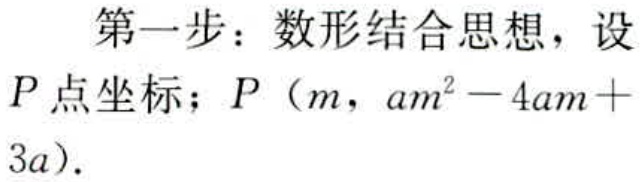
第一步：数形结合思想，设
\(P\)点坐标；\(P（m，am^{2}-4am + 3a）\).